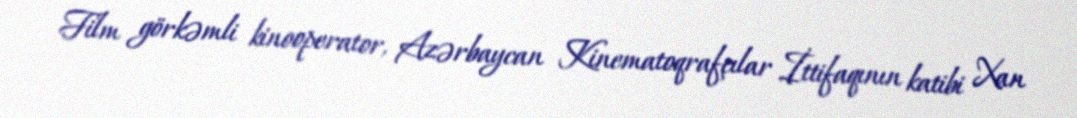
Film görkəmli kinooperator, Azərbaycan Kinematoqrafçılar İttifaqının katibi Xan